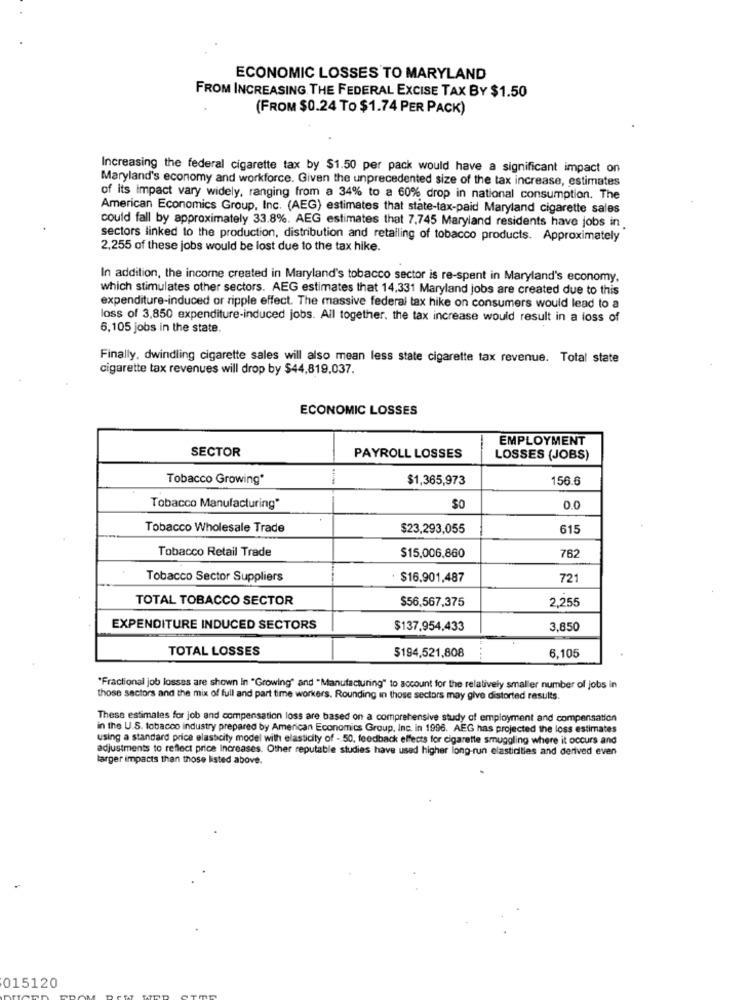
ECONOMIC LOSSES TO MARYLAND
FROM INCREASING THE FEDERAL EXCISE TAX BY $1.50
(FROM $0.24 To $1.74 PER PACK)
Increasing the federal cigarette tax by $1.50 per pack would have a significant impact on
Maryland's economy and workforce. Given the unprecedented size of the tax increase, estimates
of its impact vary widely, ranging from a 34% to a 60% drop in national consumption. The
American Economics Group, Inc. (AEG) estimates that state-tax-paid Maryland cigarette sales
could fall by approximately 33.8%. AEG estimates that 7.745 Maryland residents have jobs in.
sectors linked to the production, distribution and retailing of tobacco products. Approximately
2.255 of these jobs would be lost due to the tax hike.
In addition, the income created in Maryland's tobacco sector is re-spent in Maryland's economy.
which stimulates other sectors. AEG estimates that 14,331 Maryland jobs are created due to this
expenditure-induced or ripple effect. The massive federal tax hike on consumers would lead to a
loss of 3,850 expenditure-induced jobs. All together. the tax increase would result in a loss of
6,105 jobs in the state.
Finally, dwindling cigarette sales will also mean less state cigarette tax revenue. Total state
cigarette tax revenues will drop by $44,819,037.
ECONOMIC LOSSES
EMPLOYMENT
SECTOR
PAYROLL LOSSES
LOSSES (JOBS)
Tobacco Growing"
$1,365,973
156.6
Tobacco Manufacturing*
SO
0.0
Tobacco Wholesale Trade
$23,293,055
615
Tobacco Retail Trade
762
$15,006,860
Tobacco Sector Suppliers
$16.901,487
721
TOTAL TOBACCO SECTOR
$56,567,375
2,255
EXPENDITURE INDUCED SECTORS
$137.954,433
3,850
TOTAL LOSSES
$194,521,808
6.105
"Fractional job losses are shown In "Growing" and "Manufacturing" to account for the relatively smaller number of jobs in
those sactors and the mix of full and part time workers. Rounding in those sectors may give distorted results.
These estimates for job and compensation loss are based on a comprehensive study of employment and compensation
in the U.S. tobacco industry prepared by American Economics Group, Inc. in 1996. AEG has projected the loss estimates
using a standard price elasticity model with elasticity of -. 50, feedback effects for cigarette smuggling where it occurs and
adjustments to reflect price Increases. Other reputable studies have used higher long-run elasticities and derived even
larger impacts than those listed above.
015120